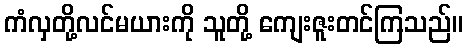
ကံလှတို့လင်မယားကို သူတို့ ကျေးဇူးတင်ကြသည်။